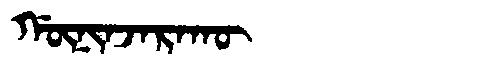
Manchu: ᡤᡡᠨᡳᠨᠵᠠᡵᠠᡴᡡ
Romanization: GŪNINJARAKŪ